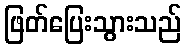
ဖြတ်ပြေးသွားသည်